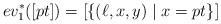
LaTeX: \begin{align*}ev_1^*([pt]) = [\{(\ell, x, y) \mid x = pt\}]\end{align*}